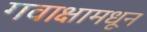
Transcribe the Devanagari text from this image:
गवाक्षामधून